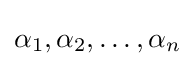
\alpha _{1},\alpha _{2},\ldots ,\alpha _{n}